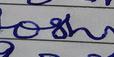
Signature authenticity: forged